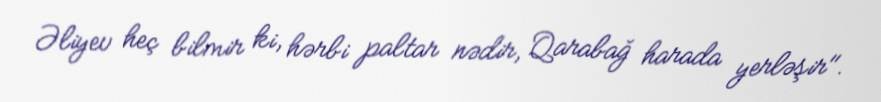
Əliyev heç bilmir ki, hərbi paltar nədir, Qarabağ harada yerləşir".